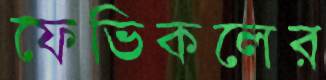
ফেভিকলের